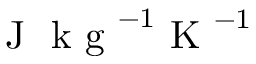
\mathrm { ~ J ~ } \mathrm { ~ k ~ g ~ } ^ { - 1 } \mathrm { ~ K ~ } ^ { - 1 }